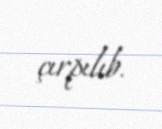
çırpılıb.